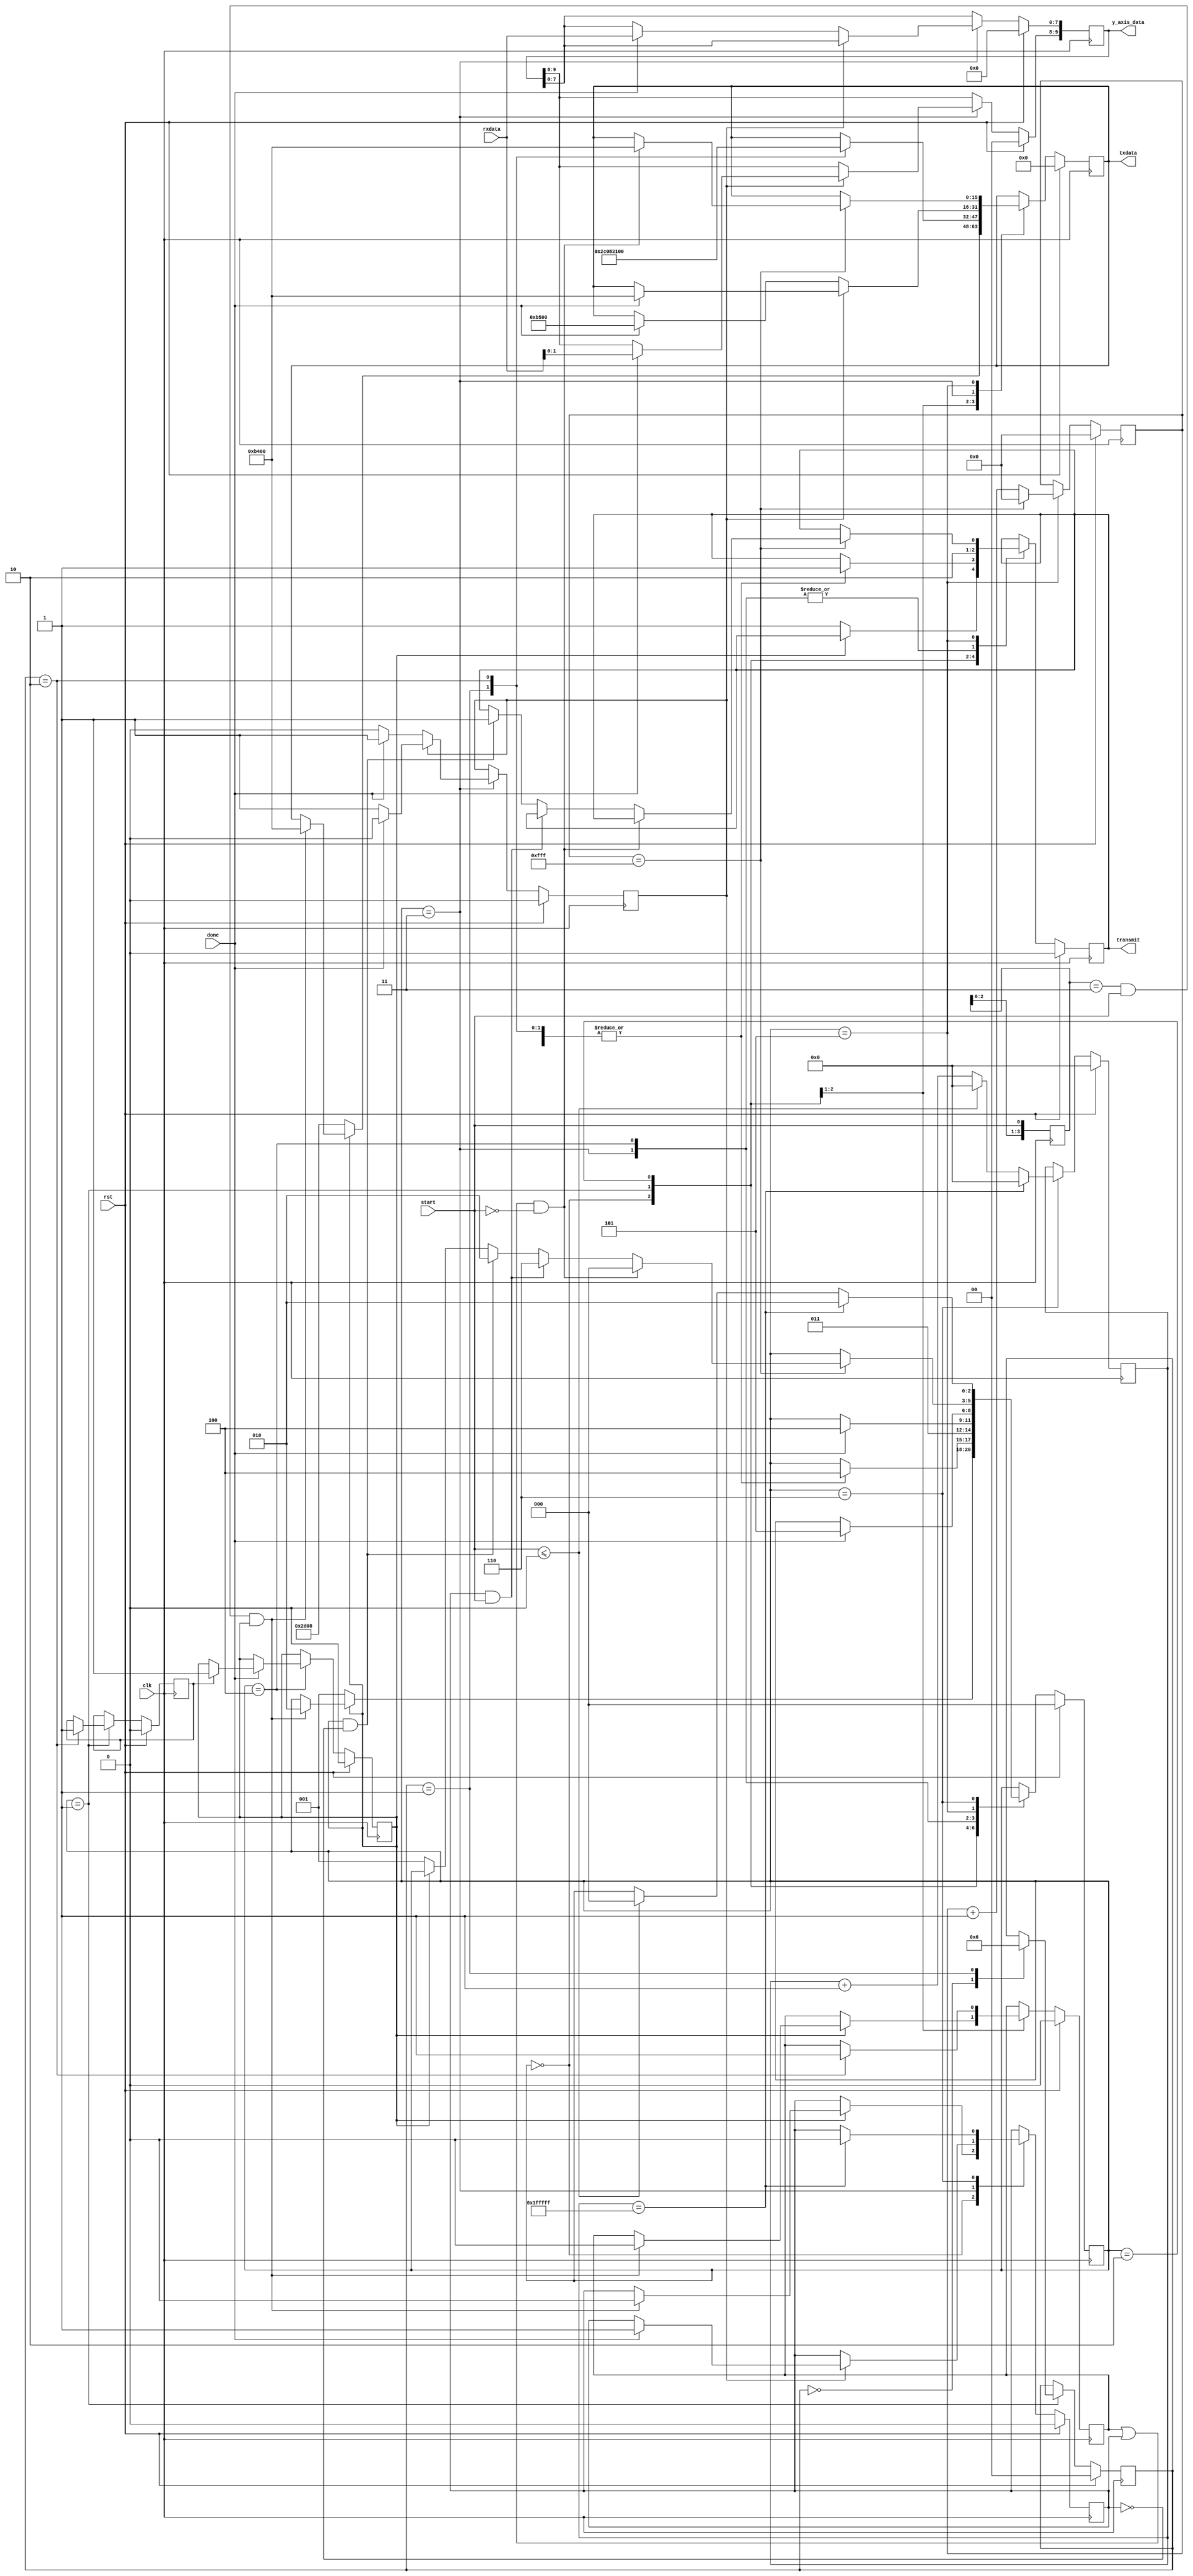
/////////////////////////////////////////////////////////////////////////////////////
// Description: The spi_master controls the state of the entire interface. Using 
//					 several signals to interact with the other modules. The spi_master
//					 selects the data to be transmitted and stores all data received
//					 from the PmodACL.  The data is then made available to the rest of
//					 the design on the xAxis, yAxis, and zAxis outputs.
//
//
//  Inputs:
//		rst							Device Reset Signal
//		clk 							Base system clock of 100 MHz
//		start 						start tied to external user input
//		done 							Signal from SPIinterface for completed transmission
//		rxdata 						Recieved data
//		
//  Outputs:
//		transmit 					Signal to SPIinterface for beginning of transmission
//		txdata						Data out for transmission
//		y_axis_data 				Collected y-Axis data
////////////////////////////////////////////////////////////////////////////////////

module SPImaster(
		rst,
		clk,
		start,
		rxdata,
		done,
		transmit,
		txdata,
		y_axis_data
);

   input            rst;
   input            clk;
   input            start;
   input [7:0]      rxdata;
   input            done;
   output           transmit;
   output [15:0]    txdata;
   output [9:0]     y_axis_data;
   
// ====================================================================================
// 								Parameters, Register, and Wires
// ====================================================================================
   
   reg [15:0]       txdata;
   reg [9:0]        y_axis_data;
   reg              transmit;

   // Define FSM states
   parameter [2:0]  state_type_idle = 3'd0,
                    state_type_configure = 3'd1,
                    state_type_transmitting = 3'd2,
                    state_type_recieving = 3'd3,
                    state_type_finished = 3'd4,
                    state_type_break = 3'd5,
                    state_type_holding = 3'd6;
   // STATE reg
   reg [2:0]        STATE;
   
   parameter [1:0]  data_type_y_axis = 2'd1;

   
   parameter [1:0]  configure_type_powerCtl = 0,
                    configure_type_bwRate = 1,
                    configure_type_dataFormat = 2;
   reg [1:0]        CONFIGUREsel;
   
   //Setting up Configuration Registers
   //POWER_CTL Bits 0x2D
   parameter [15:0] POWER_CTL = 16'h2D08;
   //BW_RATE Bits 0x2C
   parameter [15:0] BW_RATE = 16'h2C08;
   //CONFIG Bits 0x31
   parameter [15:0] DATA_FORMAT = 16'h3100;
   
   //Axis registers set to only read and do it in single byte increments
   parameter [15:0] yAxis0 = 16'hB400;		//10110100;
   parameter [15:0] yAxis1 = 16'hB500;		//10110101;
   
   reg [11:0]       break_count;
   reg [20:0]       hold_count;
   reg              end_configure;
   reg              done_configure;
   reg              register_select;
   reg              finish;
   reg              sample_done;
   reg [3:0]        prevstart;
   
//  ===================================================================================
// 							  				Implementation
//  ===================================================================================
   
   
		//-----------------------------------------------
		//						Master Controller
		//-----------------------------------------------
		always @(posedge clk)
		begin: spi_masterProcess
			begin
				// Debounce Start Button
				prevstart <= {prevstart[2:0], start};
				//Reset Condition
				if (rst == 1'b1) begin
					transmit <= 1'b0;
					STATE <= state_type_idle;
					break_count <= 12'h000;
					hold_count <= 21'b000000000000000000000;
					done_configure <= 1'b0;
					CONFIGUREsel <= configure_type_powerCtl;
					txdata <= 16'h0000;
					register_select <= 1'b0;
					sample_done <= 1'b0;
					finish <= 1'b0;
					y_axis_data <= 10'b0000000000;
					end_configure <= 1'b0;
				end
				else
					//Main State, selects what the overall system is doing
					case (STATE)
						state_type_idle :
							//If the system has not been configured, enter the configure state
							if (done_configure == 1'b0) begin
								STATE <= state_type_configure;
								txdata <= POWER_CTL;
								transmit <= 1'b1;
							end
							//If the system has been configured, enter the transmission state when start is asserted
							else if (prevstart == 4'b0011 & start == 1'b1 & done_configure == 1'b1) begin
								STATE <= state_type_transmitting;
								finish <= 1'b0;
								txdata <= yAxis0;
								sample_done <= 1'b0;
							end
						state_type_configure :
							//Substate of configure selects what configuration is output
							case (CONFIGUREsel)
								//Send power control address with desired configuration bits
								configure_type_powerCtl : begin
										STATE <= state_type_finished;
										CONFIGUREsel <= configure_type_bwRate;
										transmit <= 1'b1;
									end
								//Send band width rate address with desired configuration bits
								configure_type_bwRate : begin
										txdata <= BW_RATE;
										STATE <= state_type_finished;
										CONFIGUREsel <= configure_type_dataFormat;
										transmit <= 1'b1;
									end
								//Send data format address with desired configuration bits
								configure_type_dataFormat : begin
										txdata <= DATA_FORMAT;
										STATE <= state_type_finished;
										transmit <= 1'b1;
										finish <= 1'b1;
										end_configure <= 1'b1;
									end
								default :
									;
							endcase
						
						//transmitting leads to the transmission of addresses of data to sample them
						state_type_transmitting :
							//Substate of transmitting selects which data register will be sampled
								begin
									STATE <= state_type_recieving;
									transmit <= 1'b1;
								end
											
						//recieving controls the flow of data into the spi_master
						state_type_recieving :
									case (register_select)
										1'b0 :
											begin
												transmit <= 1'b0;
												if (done == 1'b1)
												begin
													txdata <= yAxis1;
													y_axis_data[7:0] <= rxdata[7:0];
													register_select <= 1'b1;
													STATE <= state_type_finished;
												end
											end
										default :
											begin
												transmit <= 1'b0;
												if (done == 1'b1)
												begin
													txdata <= yAxis0;
													y_axis_data[9:8] <= rxdata[1:0];
													register_select <= 1'b0;
													STATE <= state_type_finished;
													sample_done <= 1'b1;
												end
											end
									endcase

						
						//finished leads to the break state when transmission completed
						state_type_finished :
							begin
								transmit <= 1'b0;
								if (done == 1'b1)
								begin
									STATE <= state_type_break;
									if (end_configure == 1'b1)
										done_configure <= 1'b1;
								end
							end
						
						//the break state keeps an idle state long enough between transmissions 
						//to satisfy timing requirements. break can be decreased if desired
						state_type_break :
							if (break_count == 12'hFFF)
							begin
								break_count <= 12'h000;
								//only exit to idle if start has been de-asserted ( to keep from 
								//looping transmitting and recieving undesirably ) and finish and 
								//sample_done are high showing that the desired action has been 
								//completed
								if ((finish == 1'b1 | sample_done == 1'b1) & start == 1'b0)
								begin
									STATE <= state_type_idle;
									txdata <= yAxis0;
								end
								//if done configure is high, and sample done is low, the reception
								//has not been completed so the state goes back to transmitting
								else if (sample_done == 1'b1 & start == 1'b1)
									STATE <= state_type_holding;
								else if (done_configure == 1'b1 & sample_done == 1'b0)
								begin
									STATE <= state_type_transmitting;
									transmit <= 1'b1;
								end
								//if the system has not finished configuration, then the state loops
								//back to configure
								else if (done_configure == 1'b0)
									STATE <= state_type_configure;
							end
							else
								break_count <= break_count + 1'b1;
						state_type_holding :
							if (hold_count == 24'h1FFFFF)
							begin
								hold_count <= 21'd0;
								STATE <= state_type_transmitting;
								sample_done <= 1'b0;
							end
							else if (start <= 1'b0)
							begin
								STATE <= state_type_idle;
								hold_count <= 21'd0;
							end
							else begin
								hold_count <= hold_count + 1'b1;
							end
					endcase
			end
		end
   
endmodule